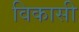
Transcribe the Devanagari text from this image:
विकासी